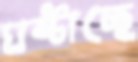
ঘষ্‌টাচ্ছে